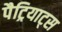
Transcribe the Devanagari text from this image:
पैट्रियाट्स